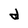
Character: d